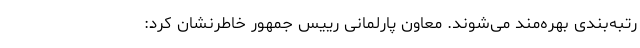
رتبه‌بندی بهره‌مند می‌شوند. معاون پارلمانی رییس جمهور خاطرنشان کرد: